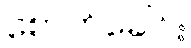
စောက်ခေါင်း